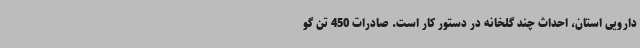
دارویی استان، احداث چند گلخانه در دستور کار است. صادرات 450 تن گو